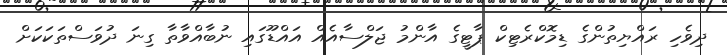
ދިވެހި ރައްޔިތުންގެ ޑިމޮކްރެޓިކް ޕާޓީގެ އާންމު ޖަލްސާއެއް އައްޑޫގައި ނުބާއްވާތާ ގިނަ ދުވަސްތަކަކަށް